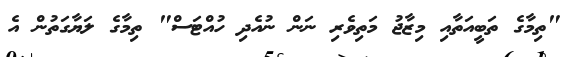
"ތިމާގެ ތަބީއަތާއި މިޒާޖު މަތިވެރި ނަން ނުއެދި ހުއްޓަސް" ތިމާގެ ލަޔާގަތުން އެ